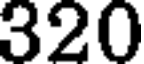
320